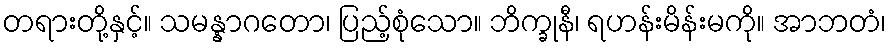
တရားတို့နှင့်။ သမန္နာဂတော၊ ပြည့်စုံသော။ ဘိက္ခုနီ၊ ရဟန်းမိန်းမကို။ အာဘတံ၊